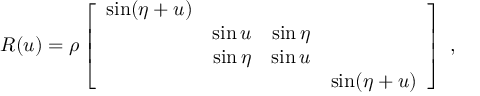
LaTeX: { \cal R } ( u ) = \rho \left[ \begin{array} { c c c c } { { \sin ( \eta + u ) } } & { { } } & { { } } & { { } } \\ { { } } & { { \sin u } } & { { \sin \eta } } & { { } } \\ { { } } & { { \sin \eta } } & { { \sin u } } & { { } } \\ { { } } & { { } } & { { } } & { { \sin ( \eta + u ) } } \end{array} \right] ~ ,